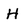
Character: H